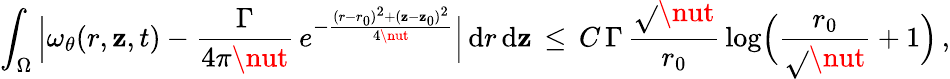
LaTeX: \int_{\Omega}\, \Bigl|\omega_{\theta}(r,\mathbf{z},t)-\frac{{\Gamma}}{{4\pi\nut}}\, e^{-\frac{{(r-r_{0})^{2}+(\mathbf{z}-\mathbf{z}_{0})^{2}}}{{4\nut}}}\Bigr|\, \mathrm{{d}}r\, \mathrm{{d}}\mathbf{z}\, \le\, C\, \Gamma\, \frac{{\sqrt{}{{\nut}}}}{{r_{0}}}\, \log\Bigl(\frac{{r_{0}}}{{\sqrt{}{{\nut}}}}+1\Bigr)\, ,